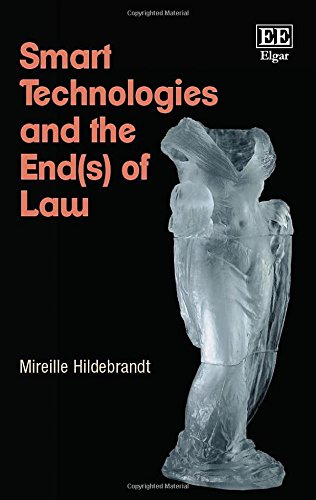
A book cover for Smart Technologies and the End(s) of Law: Novel Entanglements of Law and Technology; Mireille Hildebrandt; Computers & Technology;